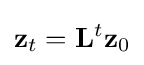
\mathbf {z} _{t}=\mathbf {L} ^{t}\mathbf {z} _{0}